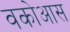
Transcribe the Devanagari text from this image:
वकोआस